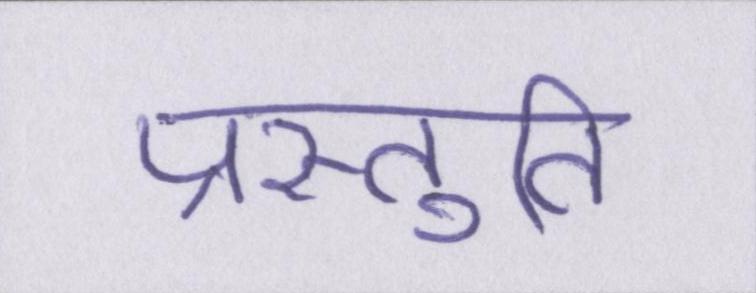
प्रस्तुति